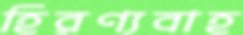
হিরণ্যবাহ